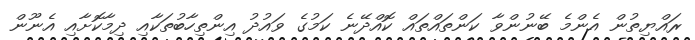
ރައްޔިތުން އެންމެ ބޭނުންވާ ކަންތައްތައް ކޮއްދޭނެ ކަމުގެ ވައުދު އިންތިހާބުތަކާއި ދިމާކޮށާއި އެނޫން